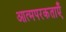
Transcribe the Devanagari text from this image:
आत्मपरकताएँ